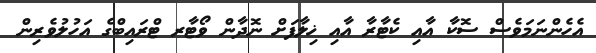
އެހެންނަމަވެސް ސޮކާ އާއި ކެޓާރާ އާއި ޚިލާފަށް ނޮދާން ވޯޓާރ ޓްރައިބްގެ އަހުލުވެރިން